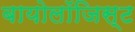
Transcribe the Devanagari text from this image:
बायोलॉजिस्ट